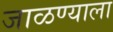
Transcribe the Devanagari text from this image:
जाळण्याला